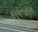
કણજારા